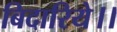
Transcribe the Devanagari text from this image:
बिदारिये।।